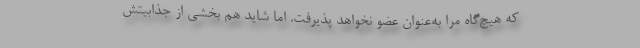
که هیچ‌گاه مرا به‌عنوان عضو نخواهد پذیرفت. اما شاید هم بخشی از جذابیتش